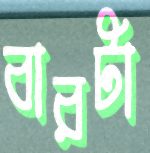
বারটা